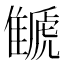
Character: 𩀗